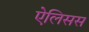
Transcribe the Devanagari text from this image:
ऐलिसस